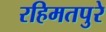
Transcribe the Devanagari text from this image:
रहिमतपुरे